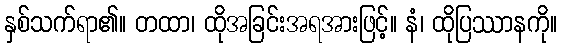
နှစ်သက်ရာ၏။ တထာ၊ ထိုအခြင်းအရအားဖြင့်။ နံ၊ ထိုပြဿာနကို။